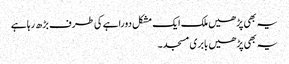
یہ بھی پڑھیں ملک ایک مشکل دوراہے کی طرف بڑھ رہا ہے
یہ بھی پڑھیں بابری مسجد۔